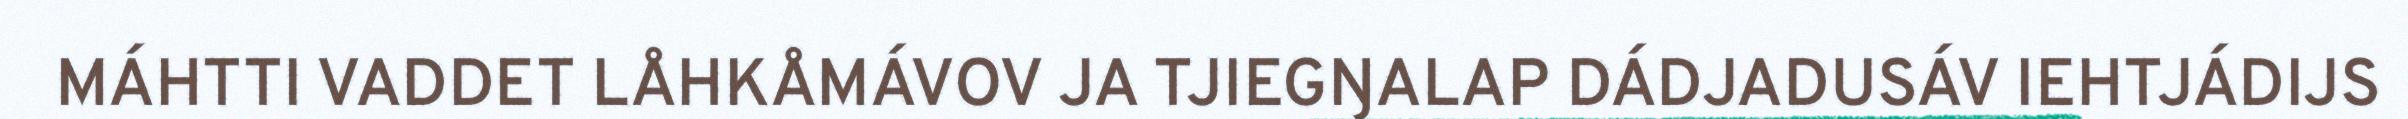
MÁHTTI VADDET LÅHKÅMÁVOV JA TJIEGŊALAP DÁDJADUSÁV IEHTJÁDIJS